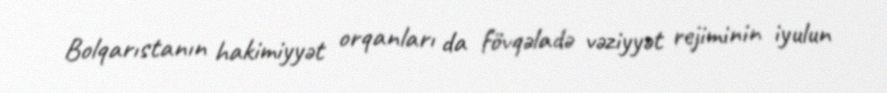
Bolqarıstanın hakimiyyət orqanları da fövqəladə vəziyyət rejiminin iyulun